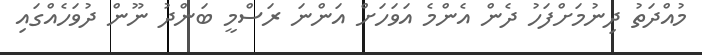
މުއްދަތު ދިނުމަށްފަހު ދެން އެންމެ އަވަހަށް އަންނަ ރަސްމީ ބަންދު ނޫން ދުވަހެއްގައި